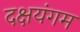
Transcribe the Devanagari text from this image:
दक्षयंगम